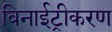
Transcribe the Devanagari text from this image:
विनाईट्रीकरण